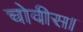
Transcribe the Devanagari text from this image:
चोवीस।